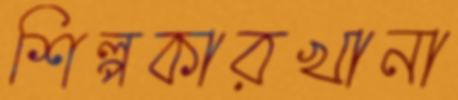
শিল্পকারখানা